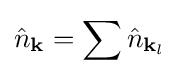
{\hat {n}}_{\mathbf {k} }=\sum {\hat {n}}_{\mathbf {k} _{l}}